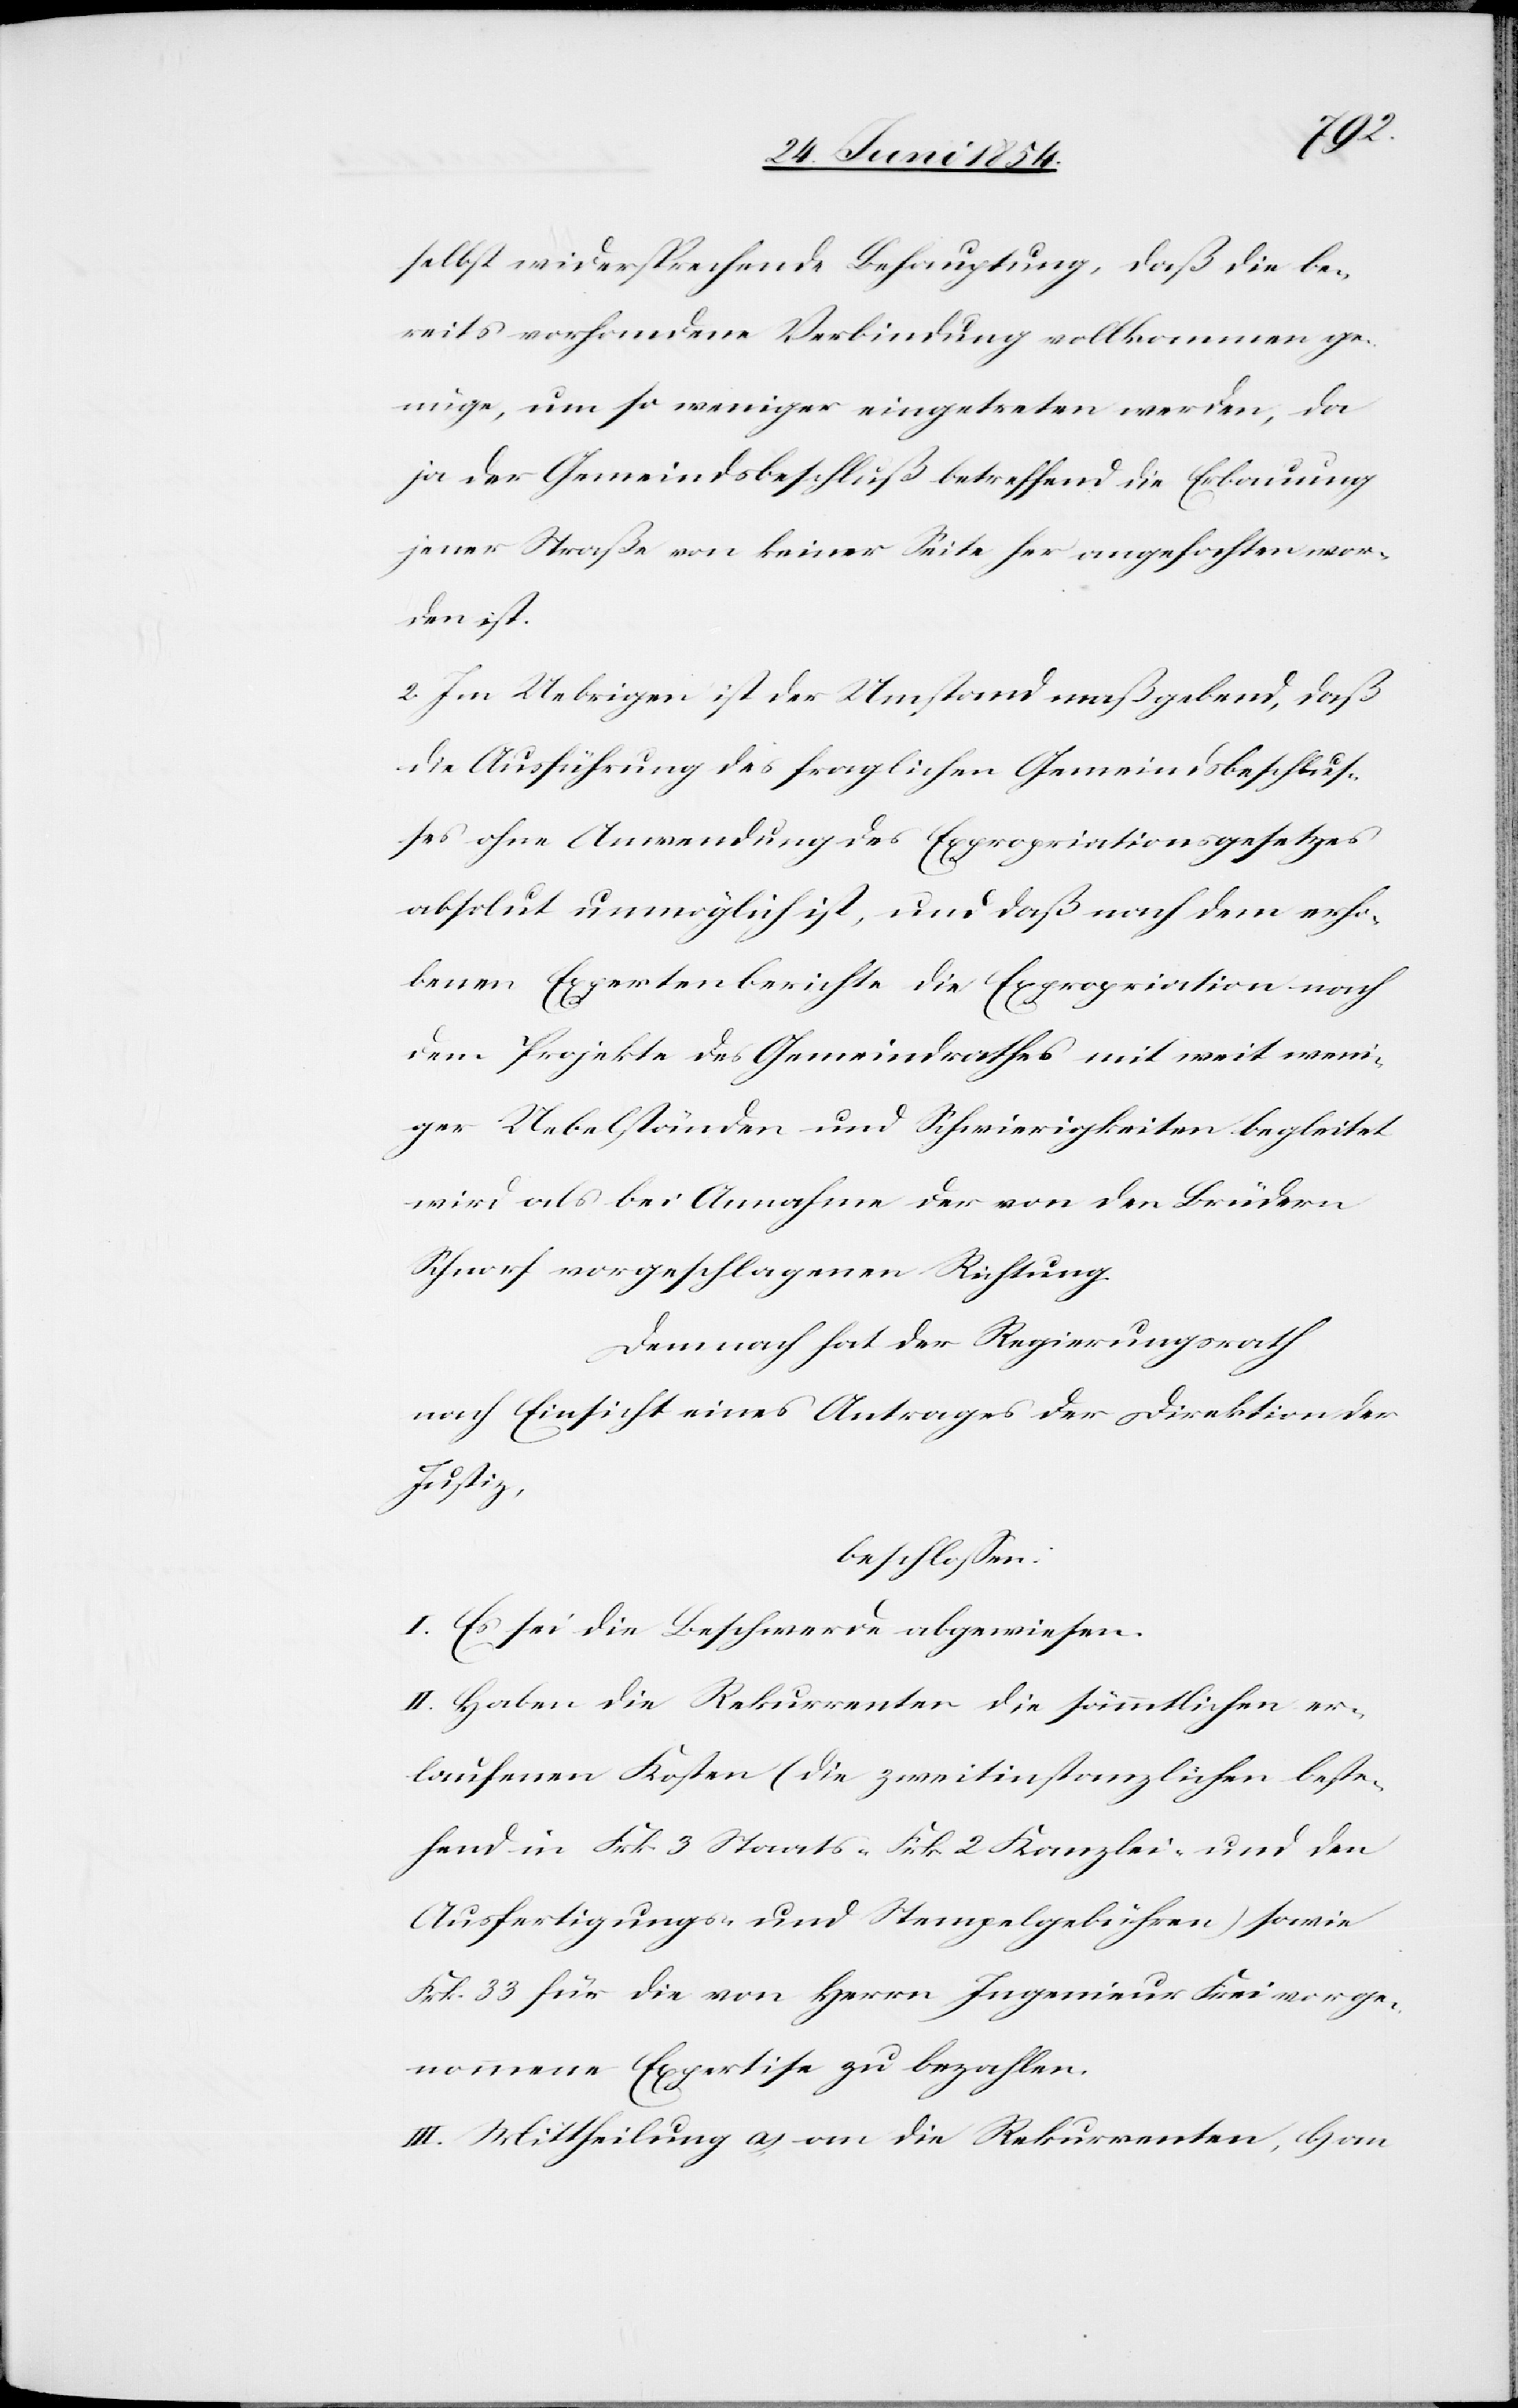
selbst widersprechende Behauptung, daß die be¬
reits vorhandene Verbindung vollkommen ge¬
nüge, um so weniger eingetreten werden, da
ja der Gemeindsbeschluß betreffend die Erbauung
jener Straße von keiner Seite her angefochten wor¬
den ist.
2. Im Uebrigen ist der Umstand maßgebend, daß
die Ausführung des fraglichen Gemeindsbeschluß¬
es ohne Anwendung des Expropriationsgesetzes
absolut unmöglich ist, und daß nach dem erho¬
benen Expertenberichte die Expropriation nach
dem Projekte des Gemeindrathes mit weit weni¬
ger Uebelständen und Schwierigkeiten begleitet
wird als bei Annahme der von den Brüdern
Schnorf vorgeschlagenen Richtung.
Demnach hat der Regierungsrath
nach Einsicht eines Antrages der Direktion der
Justiz,
beschloßen:
I. Es sei die Beschwerde abgewiesen.
II. Haben die Rekurrenten die sämmtlichen er¬
laufenen Kosten (die zweitinstanzlichen beste¬
hend in Frk. 3 Staats-[,] Frk. 2 Kanzlei- und den
Ausfertigungs- und Stempelgebühren) sowie
Frk. 33 für die von Herrn Ingenieur Frei vorge¬
nommene Expertise zu bezahlen.
III. Mittheilung a) an die Rekurrenten, b) an